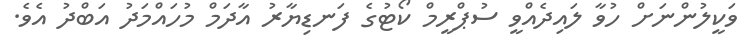
ވަކީލުންނަށް ހުވާ ލައިދެއްވީ ސުޕްރީމް ކޯޓުގެ ފަނޑިޔާރު އާދަމް މުހައްމަދު އަބްދު އެވެ.